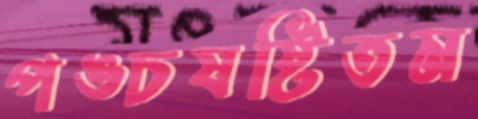
পঙ্চষষ্টিতম